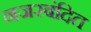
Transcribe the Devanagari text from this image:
नजरबंदित